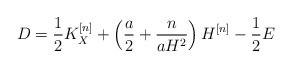
LaTeX: \begin{align*}D = \frac{1}{2} K_X^{[n]} + \left(\frac{a}{2} + \frac{n}{aH^2}\right) H^{[n]} - \frac{1}{2} E\end{align*}